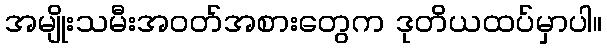
အမျိုးသမီးအဝတ်အစားတွေက ဒုတိယထပ်မှာပါ။